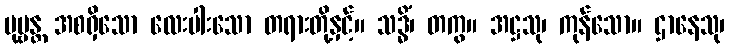
ပုဗ္ဗန္တ အစရှိသော လေးပါးသော တရားတို့နှင့်။ သဒ္ဓိံ၊ တကွ။ အဋ္ဌသု၊ ကုန်သော။ ဌာနေသု၊